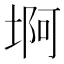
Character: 𱗊